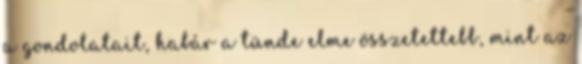
a gondolatait, habár a tünde elme összetettebb, mint az